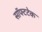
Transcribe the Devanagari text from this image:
सॉफ्टटेक